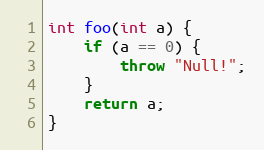
Language: C++
int foo(int a) {
    if (a == 0) {
        throw "Null!";
    }
    return a;
}